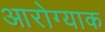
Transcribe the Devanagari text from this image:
आरोग्याक